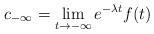
LaTeX: \begin{align*}c_{-\infty}=\lim_{t\to -\infty} e^{-\lambda t}f(t)\end{align*}